Lunatic asylums in Bengal annual reports 1899-1911 - 1899-1911
Year: 1899
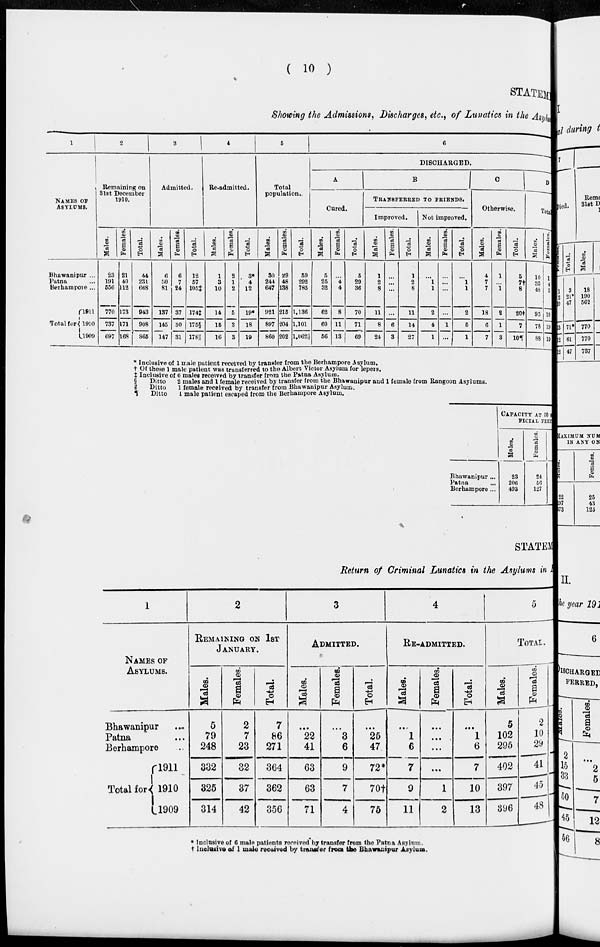
( 10 )
STATEMe
Showing the Admissions, Discharges, etc., of Lunatics in the Asylum.
1
NAMES OF
ASYLUMS.
Bhawanipur ...
Patna ...
Berhampore ...
Total for
1911
1910
1909
2
Remaining on
31st December
1910.
Males.
23
191
556
770
737
697
Females.
21
40
112
173
171
168
Total.
44
231
668
943
908
865
3
Admitted.
Males.
6
50
81
137
145
147
Females.
6
7
24
37
30
31
Total.
12
57
105‡
174‡
175§
178||
4
Re-admitted.
Males.
1
3
10
14
15
16
Females.
2
1
2
5
3
3
Total.
3*
4
12
19*
18
19
5
Total
population.
Males.
30
244
647
921
897
860
Females.
29
48
138
215
204
202
Total.
59
292
785
1,136
1,101
1,062||
6
DISCHARGED.
A
Cured.
Males.
5
25
32
62
60
56
Females.
...
4
4
8
11
13
Total.
5
29
36
70
71
69
B
TRANSFERRED TO FRIENDS.
Improved.
Males.
1
2
8
11
8
24
Females.
...
...
...
...
6
3
Total.
1
2
8
11
14
27
Not improved.
Males.
...
1
1
2
4
1
Females.
...
...
...
...
1
...
Total.
...
1
1
2
5
1
C
Otherwise.
Males.
4
7
7
18
6
7
Females.
1
...
1
2
1
3
Total.
5
7†
8
20†
7
10¶
D
Total.
Males.
10
35
48
93
78
88
Females.
1
1
5
10
19
19
* Inclusive of 1 male patient received by transfer from the Berhampore Asylum,
† Of these 1 male patient was transferred to the Albert Victor Asylum for lepers.
‡ Inclusive of 6 males received by transfer from the Patna Asylum.
§
Ditto
2 males and 1 female received by transfer from the Bhawanipur and 1 female from Rangoon Asylums.
||
Ditto
1 female received by transfer from Bhawanipur Asylum.
¶
Ditto
1 male patient escaped from the Berhampore Asylum.
Bhawanipur ...
Patna ...
Berhampore ...
CAPACITY AT 50 g
FICIAL FEET
Males.
23
206
493
Females.
24
56
127
STATEM
Return of Criminal Lunatics in the Asylums in 1
1
NAMES OF
ASYLUMS.
Bhawanipur ...
Patna ...
Berhampore ...
Total for
1911
1910
1909
2
REMAINING ON 1ST
JANUARY.
Males.
5
79
248
332
325
314
Females.
2
7
23
32
37
42
Total.
7
86
271
364
362
356
3
ADMITTED.
Males.
...
22
41
63
63
71
Females.
...
3
6
9
7
4
Total.
...
25
47
72*
70†
75
4
RE-ADMITTED.
Males.
...
1
6
7
9
11
Females.
...
...
...
...
1
2
Total.
...
1
6
7
10
13
5
TOTAL.
Males.
5
102
295
402
397
396
Females.
2
10
29
41
45
48
* Inclusive of 6 male patients received by transfer from the Patna Asylum.
† Inclusive of 1 male received by transfer from the Bhawanipur Asylum.